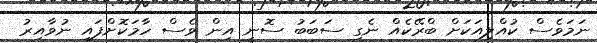
ނަމަވެސް ކުއްލިއަކަށް ބްރޭކެއް ނެގި ސަބަބު ސޮނީ އިން ވެސް ހާމަކޮށްފައި ނުވާއިރު